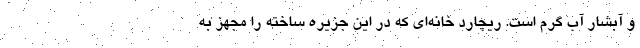
و آبشار آب گرم است. ریچارد خانه‌ای که در این جزیره ساخته را مجهز به